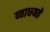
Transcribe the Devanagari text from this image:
व्याधयते